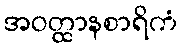
အဝတ္ထာနစာရိကံ